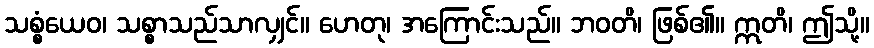
သစ္စံယေဝ၊ သစ္စာသည်သာလျှင်။ ဟေတု၊ အကြောင်းသည်။ ဘဝတိ၊ ဖြစ်၏။ ဣတိ၊ ဤသို့။